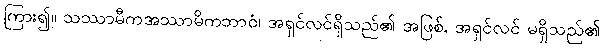
ကြား၍။ သဿာမီကအဿာမိကဘာဝံ၊ အရှင်လင်ရှိသည်၏ အဖြစ်, အရှင်လင် မရှိသည်၏